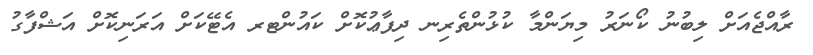
ރާއްޖެއަށް ލިބުނު ކޯނަރު މިޔަންމާ ކުޅުންތެރިނ ދިފާޢުކޮށް ކައުންޓރ އެޓޭކަށް އަރަނިކޮށް އަޝްފާގު